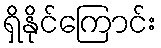
ရှိနိုင်ကြောင်း